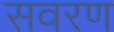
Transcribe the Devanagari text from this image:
सवरण